Leaving Certificate Examination (including Day School Certificate (Higher) General paper), 1926
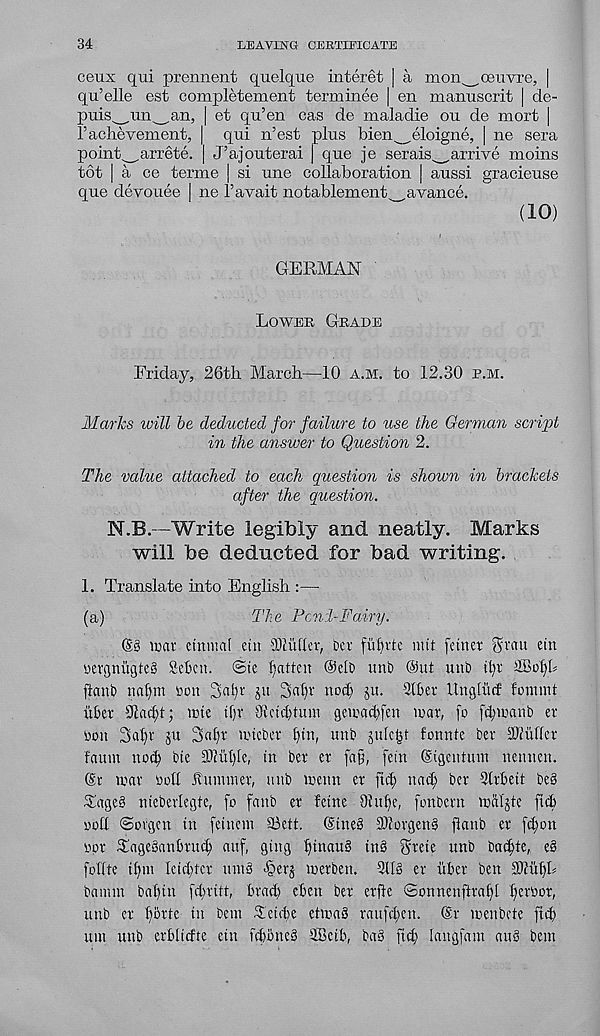
34
LEAVING CERTIFICATE
ceux qui prennent quelque interet | a mon^oeuvre, |
qu’elle est completeraent terminee ] en manuscrit | de-
puis^un^an, | et qu’en cas de maladie ou de mort |
raclievement, | qui n’est plus bicn^^eloigne, | ne sera
point_,arrete. | J’ajouterai | que je serais^anive moins
tot | a ce terme | si une collaboration | aussi gracieuse
que devouee | ne I’avait notablement^avancc.
(10)
GERMAN '
Lower Grade
Friday, 26th March—10 A.M. to 12.30 e.m.
Marks will be deducted for failure to use the German script
in the answer to Question 2.
The value attached to each question is shown in brackets
after the question.
N.B.—Write legibly and neatly. Marks
will be deducted for bad writing.
1. Translate into English :—-
(a)
The Pcni-Fairy.
@g irav etnmal cut 9)2ufhr, bcr fiifntc nut fetnct Svctu etn
wevgnugteS Setcn. @te fatten ®elb uni) @ut unb tl)i 2BoI)b
ftanb na()m ton 3a^r gu 3al)r noc^ ju. 21ber ttngtinf fonunt
itber s Jlacl;t; line tf)v s Jictd)tmn gciracbfcn mar, [o fcbmanb er
ton 3al)v ju 3al)r nucbcr l)tn, unb qilctjt fonnte ber iKufler
faum nod) bte 3)luI)Ie, in ber er [aft, [ein (Sigentmn nennen.
@r mar toll Hummer, unb menn er ftc^ nad; bcr 21rbett be§
Tage§ nieberlegte, fo fanb er fetne 91ul)e, fonbern mdljte fid)
toll ©orgen in feinem Sett. (Stne§ 2)?orgen§ jlanb er fc^on
tor Tageoanbriu^ auf, ging ^inau§ in§ Stete unb ba^te, e§
follte tf)m leidder unm ^gerj merben. 311S er liber ben S01ul)b
banun babtn [d)ritt, brad) eben ber erfte ©onnenjlrabl l)ertor,
unb er l)brte in bem Teiite etmaS raufd;en. (Sr menbete fid)
um unb erbltcfte etn fd)bne§ SBcib, ba§ fid) langfam au§ bem